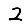
Digit: 2